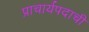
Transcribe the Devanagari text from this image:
प्राचार्यपदाची